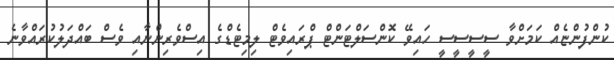
ކުންފުންޏެއް ކަމަށްވާ ސީސީސީސީ ހައިވޭ ކޮންސަލްޓަންޓް ޕްރައިވެޓް ލިމިޓެޑްގެ އިސްވެރިންނާއި ވެސް ބައްދަލުކުރައްވާނެ